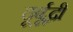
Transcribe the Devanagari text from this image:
दूर्बूद्धी